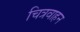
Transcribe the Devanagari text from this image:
चित्रवाहन